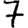
Digit: 7